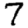
Digit: 7